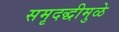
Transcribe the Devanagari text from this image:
समृदद्धीमुळे